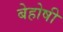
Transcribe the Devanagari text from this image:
बेहोषी